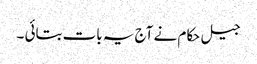
جیل حکام نے آج یہ بات بتائی ۔